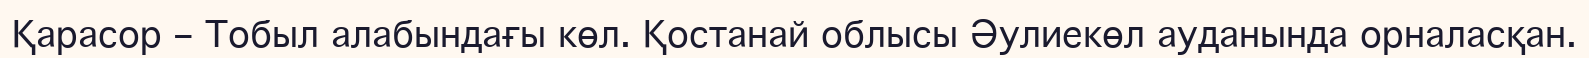
Қарасор – Тобыл алабындағы көл. Қостанай облысы Әулиекөл ауданында орналасқан.